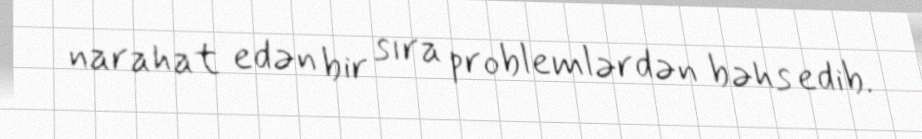
narahat edən bir sıra problemlərdən bəhs edib.